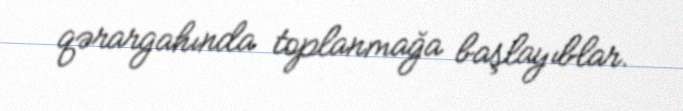
qərargahında toplanmağa başlayıblar.